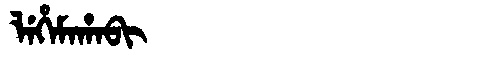
Manchu: ᠯᡝᡥᡝᠮᠠᡥᠠᠪᡳ
Romanization: LEHEMAHABI